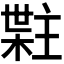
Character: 𬃯